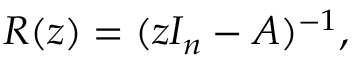
R ( z ) = ( z I _ { n } - A ) ^ { - 1 } ,